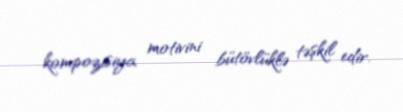
kompozisiya motivini bütövlüklə təşkil edir.